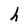
Character: h